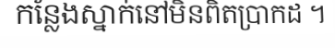
កន្លែងស្នាក់នៅមិនពិតប្រាកដ ។